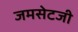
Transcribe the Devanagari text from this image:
जमसेटजी